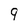
Character: 9